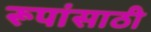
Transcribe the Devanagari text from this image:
रूपांसाठी